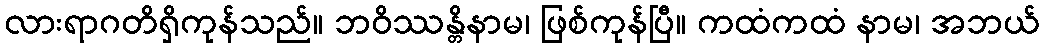
လားရာဂတိရှိကုန်သည်။ ဘဝိဿန္တိနာမ၊ ဖြစ်ကုန်ပြီ။ ကထံကထံ နာမ၊ အဘယ်